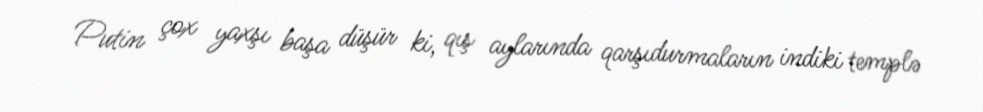
Putin çox yaxşı başa düşür ki, qış aylarında qarşıdurmaların indiki templə